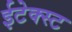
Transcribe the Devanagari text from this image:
ईटेक्स्ट